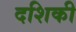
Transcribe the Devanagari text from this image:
दशिकी